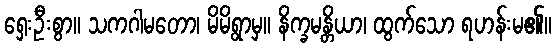
ရှေးဦးစွာ။ သကဂါမတော၊ မိမိရွာမှ။ နိက္ခမန္တိယာ၊ ထွက်သော ရဟန်းမ၏။